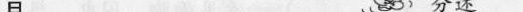
月 分述